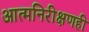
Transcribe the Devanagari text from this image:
आत्मनिरीक्षणही